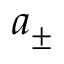
a _ { \pm }